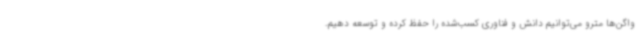
واگن‌ها مترو می‌توانیم دانش و فناوری کسب‌شده را حفظ کرده و توسعه دهیم.